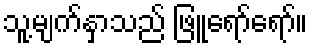
သူ့မျက်နှာသည် ဖြူရော်ရော်။